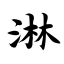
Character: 淋